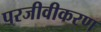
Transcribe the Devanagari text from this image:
परजीवीकरण